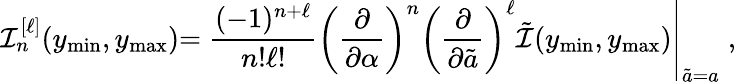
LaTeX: \mathcal{I}_{n}^{[\ell]}(y_{\mathrm{{min}}},y_{\mathrm{{max}}})\left.={\frac{{(-1)^{n+\ell}}}{{n!\ell!}}}\left(\frac{{\partial}}{{\partial\alpha}}\right)^{n}\left(\frac{{\partial}}{{\partial\tilde{{a}}}}\right)^{\ell}\tilde{{\mathcal{I}}}(y_{\mathrm{{min}}},y_{\mathrm{{max}}})\right|_{\tilde{{a}}=a}\; ,